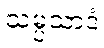
သမ္ပသာဒံ